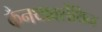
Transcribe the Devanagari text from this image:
कैनथाक्सेंथिन